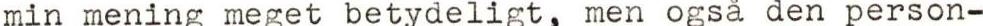
min mening meget betydeligt, men også den person-